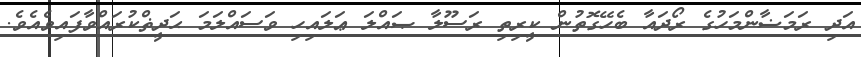
އަދި ރަމަޟާންމަހުގެ ރޯދައާ ބެހޭގޮތުން ކީރިތި ރަސޫލާ ޞައްލަ ޢަލައިހި ވަސައްލަމަ ޙަދީޡްކުރައްވާފައިވެއެވެ.